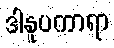
ဒါနူပကာရာ